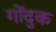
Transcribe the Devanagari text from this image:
गोंदुक